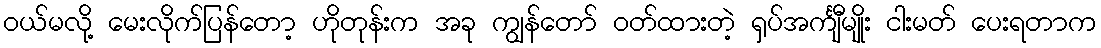
ဝယ်မလို့ မေးလိုက်ပြန်တော့ ဟိုတုန်းက အခု ကျွန်တော် ဝတ်ထားတဲ့ ရှပ်အင်္ကျီမျိုး ငါးမတ် ပေးရတာက